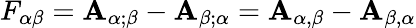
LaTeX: F_{\alpha\beta}=\mathbf{A}_{\alpha;\beta}-\mathbf{A}_{\beta;\alpha}=\mathbf{A}_{\alpha,\beta}-\mathbf{A}_{\beta,\alpha}